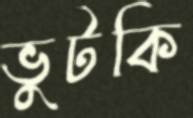
ভুটকি